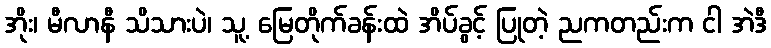
အိုး၊ မီလာနီ သိသားပဲ၊ သူ့ မြေတိုက်ခန်းထဲ အိပ်ခွင့် ပြုတဲ့ ညကတည်းက ငါ အဲဒီ